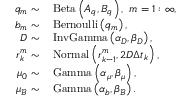
\begin{array} { r l } { q _ { m } \sim } & { \, \mathrm { B e t a } \left( A _ { q } , B _ { q } \right) , \, \, m = 1 : \infty , } \\ { b _ { m } \sim } & { \, \mathrm { B e r n o u l l i } \left( q _ { m } \right) , } \\ { D \sim } & { \, \mathrm { I n v G a m m a } \left( \alpha _ { D } , \beta _ { D } \right) , } \\ { \boldsymbol { r } _ { k } ^ { m } \sim } & { \, \mathrm { N o r m a l } \left( \boldsymbol { r } _ { k - 1 } ^ { m } , 2 D \Delta t _ { k } \right) , } \\ { \mu _ { 0 } \sim } & { \, \mathrm { G a m m a } \left( \alpha _ { \mu } , \beta _ { \mu } \right) , } \\ { \mu _ { \mathcal { B } } \sim } & { \, \mathrm { G a m m a } \left( \alpha _ { b } , \beta _ { \mathcal { B } } \right) . } \end{array}